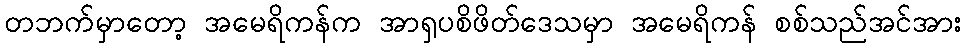
တဘက်မှာတော့ အမေရိကန်က အာရှပစိဖိတ်ဒေသမှာ အမေရိကန် စစ်သည်အင်အား